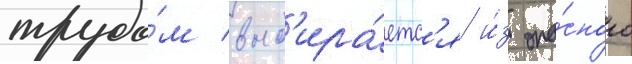
трудо́м выб'ира́етс'я и́з опа́сного